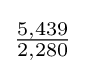
{\tfrac {5,439}{2,280}}